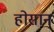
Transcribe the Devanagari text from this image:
होसान